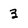
Character: 3